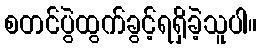
စတင်ပွဲထွက်ခွင့်ရရှိခဲ့သူပါ။